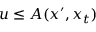
u \leq A ( x ^ { \prime } , x _ { t } )